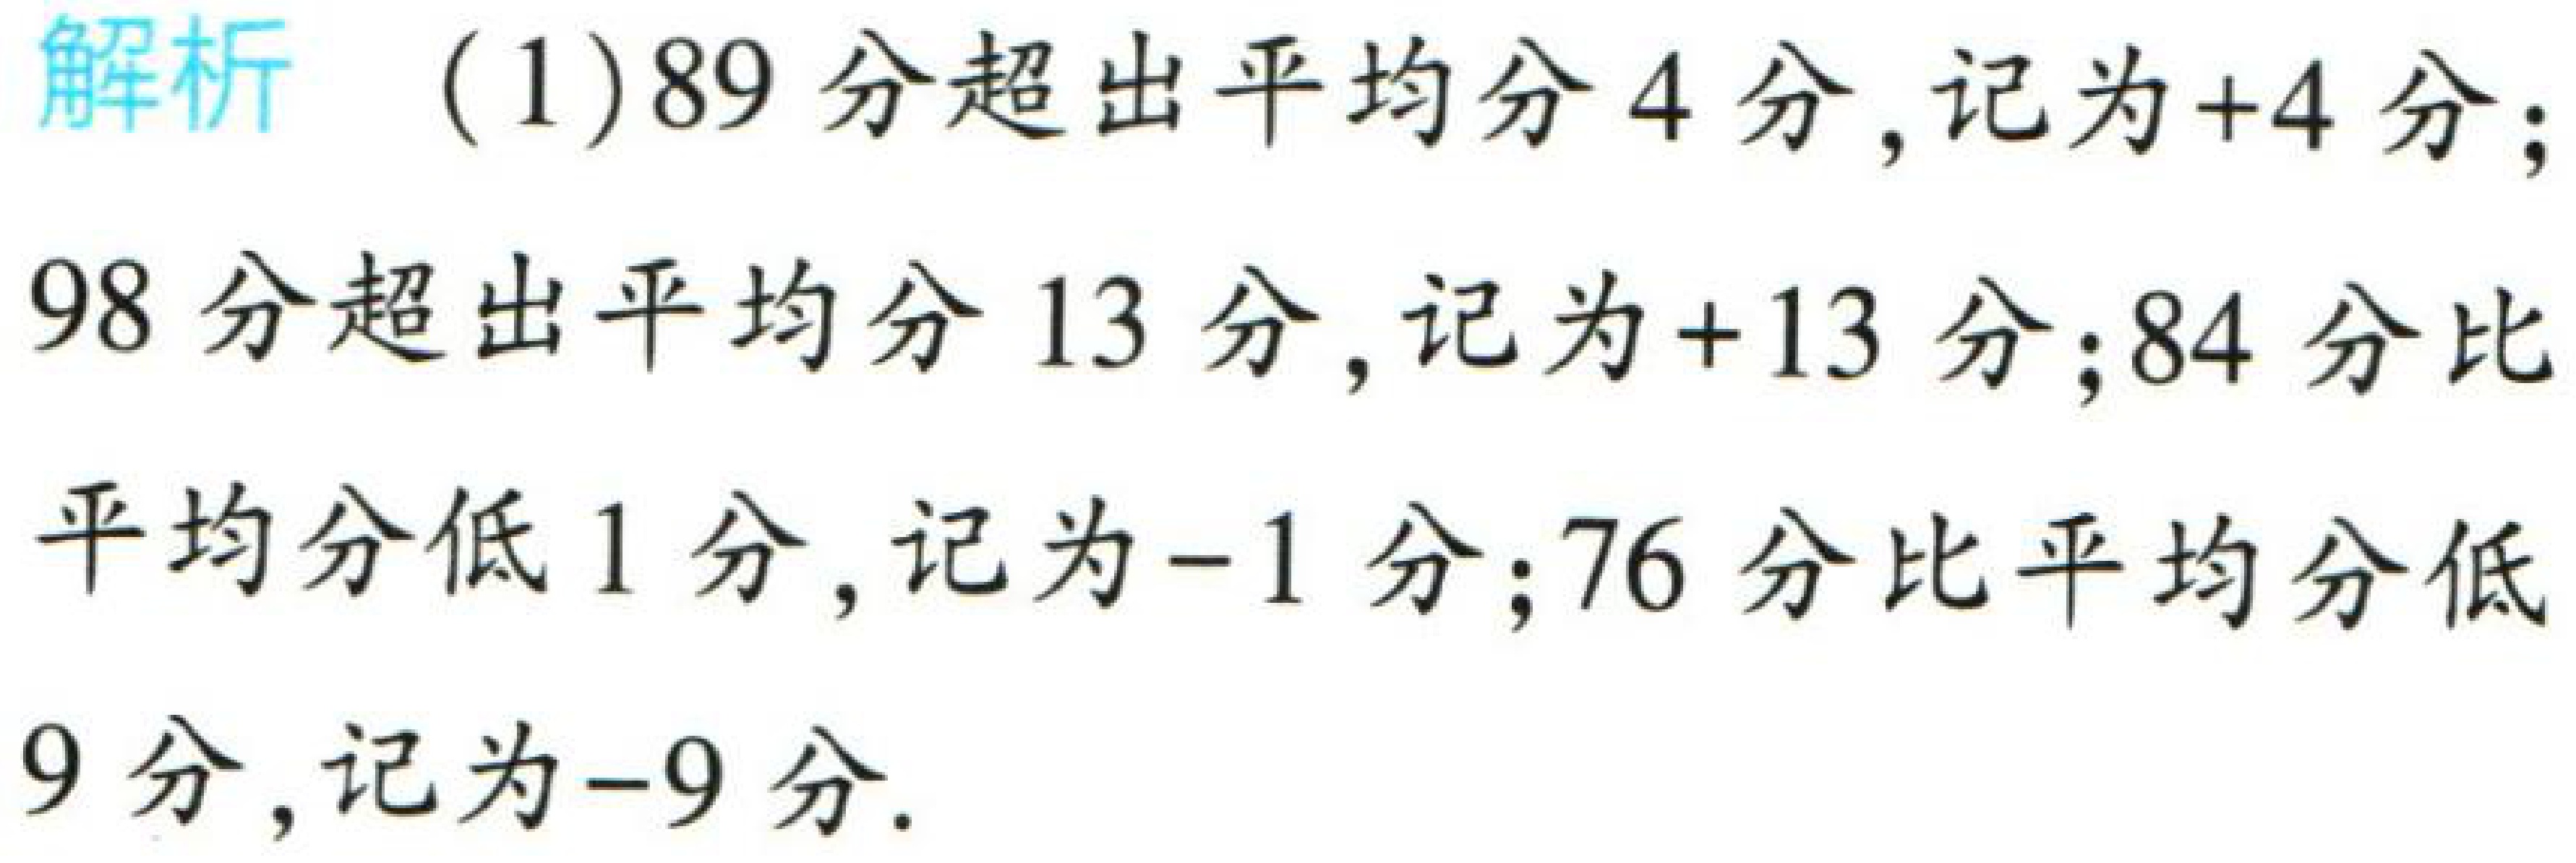
解析 （1）89分超出平均分4分,记为+4分；

98分超出平均分13分,记为+13分；84分比

平均分低1分,记为-1分；76分比平均分低

9分,记为-9分.